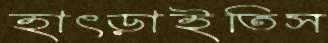
হাৎড়াইতিস